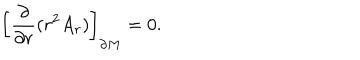
LaTeX: { \left[ { \frac { \partial } { \partial r } } ( r ^ { 2 } A _ { r } ) \right] } _ { \partial M } = 0 .